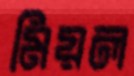
মিয়ল